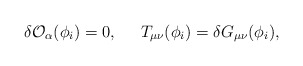
\begin{align*}\delta {\cal O}_{\alpha}(\phi_i) = 0, \;\;\;\;\; T_{\mu\nu}(\phi_i) = \delta G_{\mu\nu}(\phi_i),\end{align*}